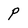
Character: P